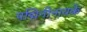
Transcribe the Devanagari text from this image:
पद्मिनीनायके